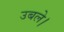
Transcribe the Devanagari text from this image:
उबले।